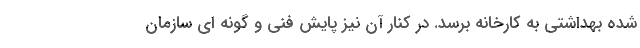
شده بهداشتی به کارخانه برسد. در کنار آن نیز پایش فنی و گونه ای سازمان